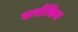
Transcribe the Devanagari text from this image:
वर्गाकित